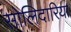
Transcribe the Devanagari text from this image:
सोलिदारिया